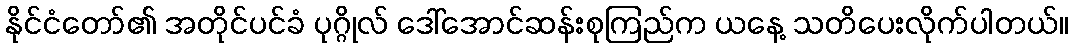
နိုင်ငံတော်၏ အတိုင်ပင်ခံ ပုဂ္ဂိုလ် ဒေါ်အောင်ဆန်းစုကြည်က ယနေ့ သတိပေးလိုက်ပါတယ်။